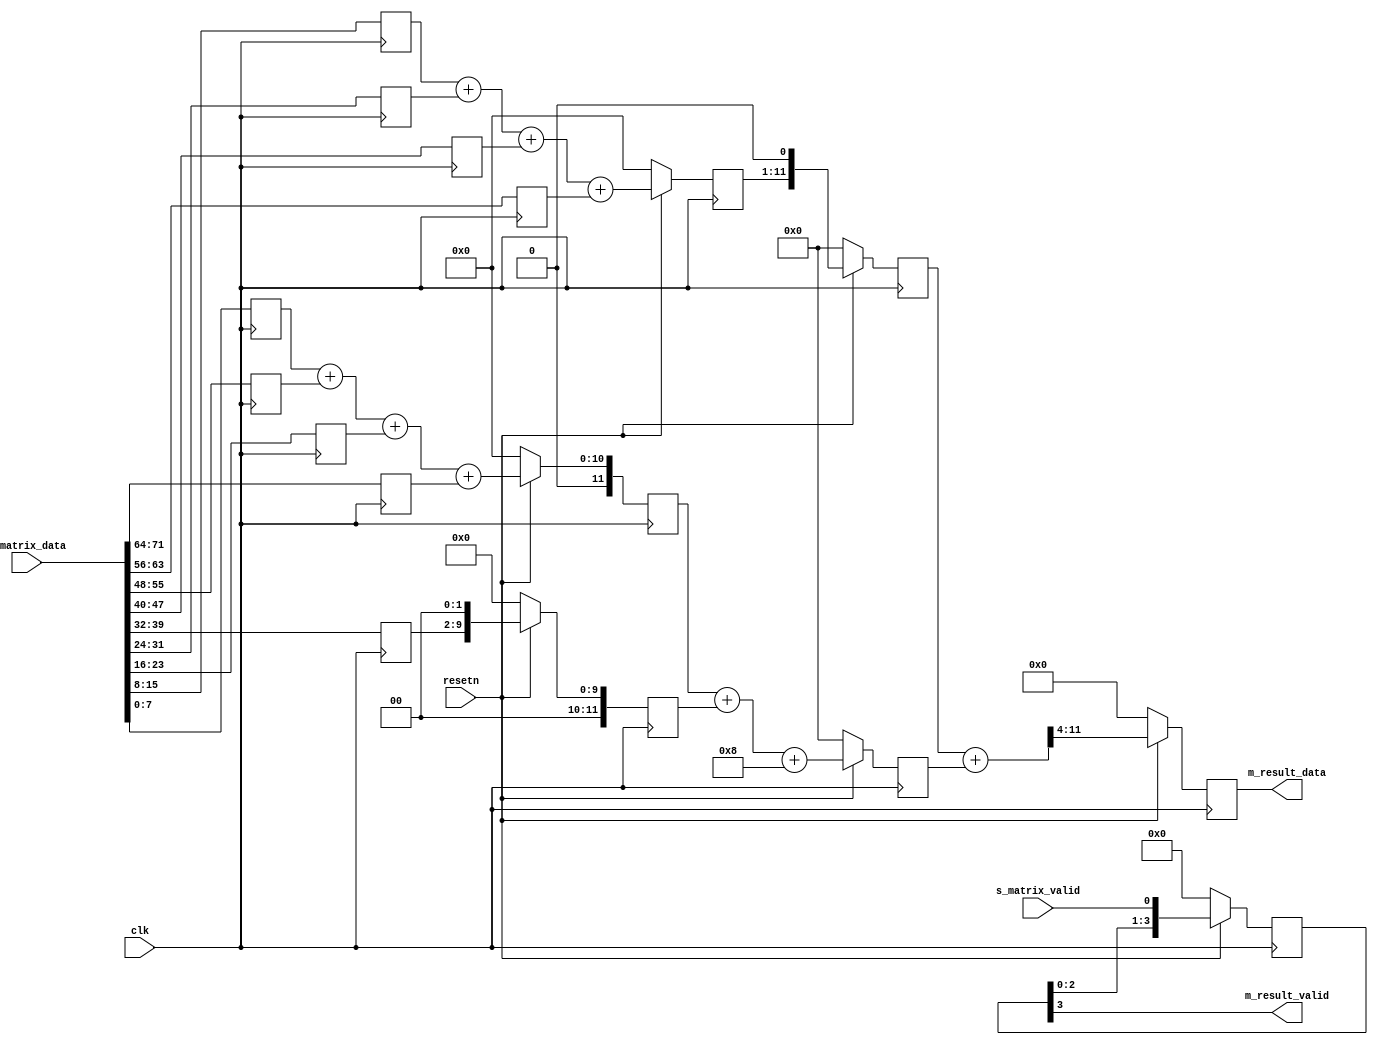
/*

    1   2   1
    2   4   2
    1   2   1
*/

module gaussian_conv #(
    parameter integer DATA_WIDTH = 8  //
) (
    input                    clk,
    input                    resetn,
    input [9*DATA_WIDTH-1:0] s_matrix_data,
    input                    s_matrix_valid,

    output reg [DATA_WIDTH-1:0] m_result_data,
    output                      m_result_valid
);

  //! 3x3
  reg [DATA_WIDTH-1:0] mat[2:0][2:0];
  reg [DATA_WIDTH+3:0] sum4x1, sum4x2, sum1x4;
  reg [DATA_WIDTH+3:0] sum8, product4x2;


  reg [3:0] valid_d;  //

  genvar i, j;


  //---------------------------------------------------------------
  //  
  //---------------------------------------------------------------
  generate
    for (i = 0; i < 3; i = i + 1) begin : g_matrix_col_connct
      for (j = 0; j < 3; j = j + 1) begin : g_matrix_row_connct
        always @(posedge clk) begin
          mat[i][j] <= s_matrix_data[(i*3+j)*DATA_WIDTH+:DATA_WIDTH];
        end
      end
    end
  endgenerate


  //---------------------------------------------------------------
  //  x4
  //---------------------------------------------------------------
  always @(posedge clk) begin
    if (~resetn) begin
      sum4x1 <= 0;
    end else begin
      sum4x1 <= mat[0][0] + mat[2][0] + mat[0][2] + mat[2][2];
    end
  end

  always @(posedge clk) begin
    if (~resetn) begin
      sum4x2 <= 0;
    end else begin
      sum4x2 <= mat[0][1] + mat[1][0] + mat[1][2] + mat[2][1];
    end
  end

  always @(posedge clk) begin
    if (~resetn) begin
      sum1x4 <= 0;
    end else begin
      sum1x4 <= mat[1][1] << 2;
    end
  end

  //---------------------------------------------------------------
  //   +4  4x2 
  //---------------------------------------------------------------
  //! 
  always @(posedge clk) begin
    if (~resetn) begin
      sum8 <= 0;
    end else begin
      sum8 <= sum4x1 + sum1x4 + 8;
    end
  end


  always @(posedge clk) begin
    if (~resetn) begin
      product4x2 <= 0;
    end else begin
      product4x2 <= sum4x2 << 1;
    end
  end


  //---------------------------------------------------------------
  //  
  //---------------------------------------------------------------
  //! /16
  always @(posedge clk) begin
    if (~resetn) begin
      m_result_data <= 0;
    end else begin
      m_result_data <= (product4x2 + sum8) >> 4;
    end
  end


  //! 
  always @(posedge clk) begin
    if (~resetn) begin
      valid_d <= 0;
    end else begin
      valid_d[3:0] <= {valid_d[2:0], s_matrix_valid};
    end
  end
  assign m_result_valid = valid_d[3];




endmodule